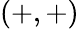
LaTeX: (+,+)